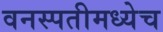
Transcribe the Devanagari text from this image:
वनस्पतीमध्येच